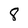
Character: 8